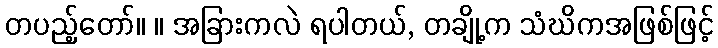
တပည့်တော်။ ။ အခြားကလဲ ရပါတယ်, တချို့က သံဃိကအဖြစ်ဖြင့်